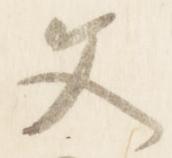
文